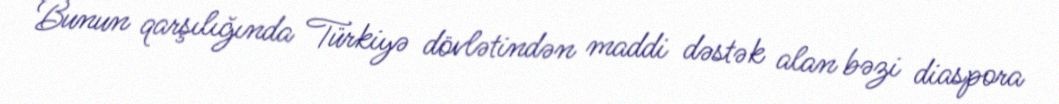
Bunun qarşılığında Türkiyə dövlətindən maddi dəstək alan bəzi diaspora